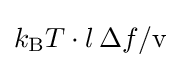
k_{\rm {B}}T\cdot l\,\Delta f/{\text{v}}